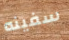
سفينه